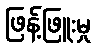
ဖြန့်ဖြူးမှု